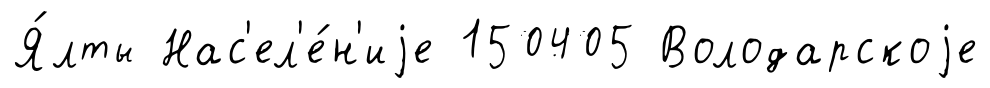
Я́лты Нас'ел'е́н'иjе 150405 Володарскоjе